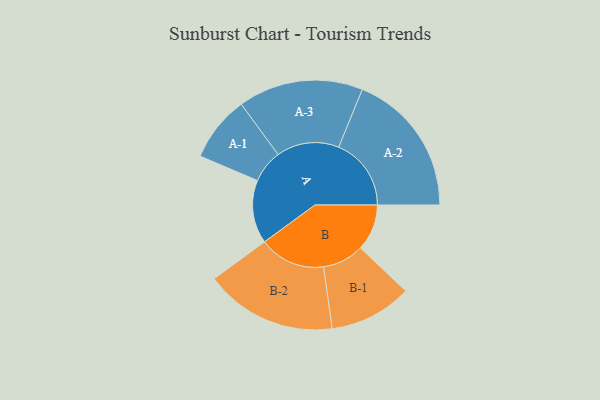
{"axis": {"x": "Segment", "y": "Value"}, "legend": ["", "A", "B"], "data": [{"x": "A", "y": 248, "type": ""}, {"x": "B", "y": 182, "type": ""}, {"x": "A-1", "y": 129, "type": "A"}, {"x": "A-2", "y": 284, "type": "A"}, {"x": "A-3", "y": 245, "type": "A"}, {"x": "B-1", "y": 162, "type": "B"}, {"x": "B-2", "y": 259, "type": "B"}]}